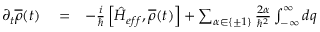
\begin{array} { r l r } { \partial _ { t } \overline { { \rho } } ( t ) } & { { } = } & { - \frac { i } { \hbar } \left[ \hat { H } _ { e f f } , \overline { { \rho } } ( t ) \right] + \sum _ { \alpha \in \{ \pm 1 \} } \frac { 2 \alpha } { \hbar ^ { 2 } } \int _ { - \infty } ^ { \infty } d q } \end{array}